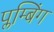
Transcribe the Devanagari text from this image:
प्लम्बिंग